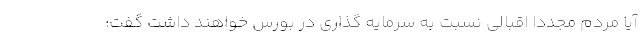
آیا مردم مجددا اقبالی نسبت به سرمایه گذاری در بورس خواهند داشت گفت: